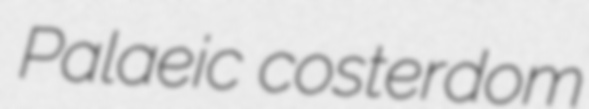
Palaeic costerdom